Leaving Certificate Examination, 1925
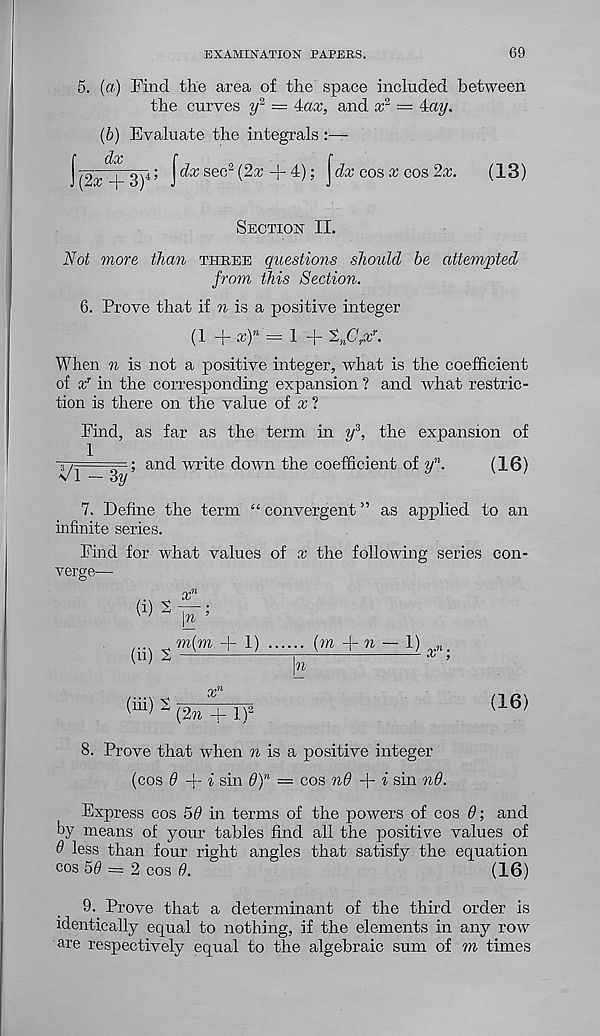
EXAMINATION PAPERS.
69
5. (a) Find the area of the space included between
the curves
= 4ax, and x 2 = 4«?/.
(6) Evaluate the integrals :—
dvC
r
f
(2x -|~ 3) 4 ’ J
Se°2
Jr^’ \^x cos x cos ^x'
(13)
Section II.
Not more than thbee questions should be attempted
from this Section.
6. Prove that if n is a positive integer
(1 -■[- xf 1 = 1 -J -
When n is not a positive integer, what is the coefficient
of ocJ in the corresponding expansion ? and what restric-
tion is there on the value of x ?
Find, as far as the term in ?/, the expansion of
■ ; and write down the coefficient of y n .
(16)
Vl-3^
7. Define the term “ convergent ” as ajiplied to an
infinite series.
Find for what values of x the following series con-
verge—■
(i)2
(ii) S
\n ’
m(m + 1)
(m
n
1) x n
\n
(hi) 2
(16)
(2n + l) 2
8. Prove that when n is a positive integer
(cos 0 -j- i sin 0) n = cos nd + i sin nd.
Express cos 50 in terms of the powers of cos 0; and
by means of your tables find all the positive values of
0 less than four right angles that satisfy the equation
cos 50 = 2 cos 0.
(16)
9. Prove that a determinant of the third order is
identically equal to nothing, if the elements in any row
are respectively equal to the algebraic sum of m times